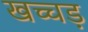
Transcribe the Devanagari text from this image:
खच्चड़